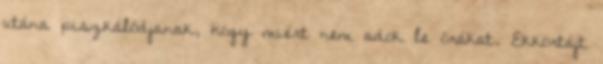
utána piszkálódjanak, hogy miért nem adok le órákat. Ekkortájt